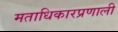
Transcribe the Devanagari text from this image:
मताधिकारप्रणाली